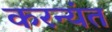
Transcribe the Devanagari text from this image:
करन्यंत